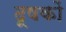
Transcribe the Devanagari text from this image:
दूषकों